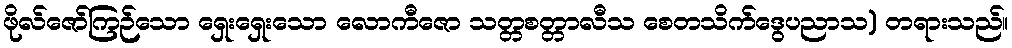
ဖိုလ်ဇော်ကြဉ်သော ရှေးရှေးသော လောကီဇော သတ္တစတ္တာလီသ စေတသိက်ဒွေပညာသ) တရားသည်။